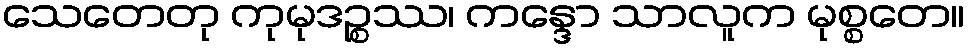
သေတေတု ကုမုဒဉ္စဿ၊ ကန္ဒော သာလူက မုစ္စတေ။